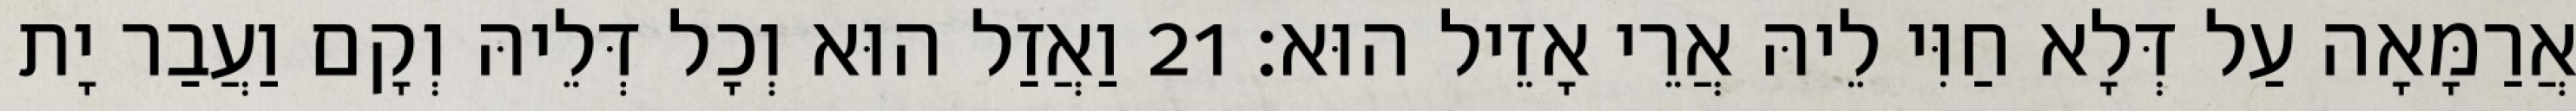
אֲרַמָּאָה עַל דְּלָא חַוִּי לֵיהּ אֲרֵי אָזֵיל הוּא׃ 21 וַאֲזַל הוּא וְכָל דְּלֵיהּ וְקָם וַעֲבַר יָת